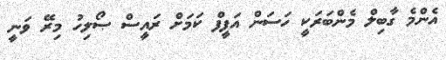
އެންމެ ގާބިލް މެންބަރަކީ ހަސަން އަފީފް ކަމަށް ރައީސް ޞޯލިހު މިރޭ ވަނީ